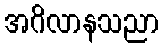
အဂိလာနသညာ